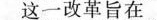
这一改革旨在